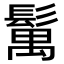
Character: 𩮐